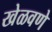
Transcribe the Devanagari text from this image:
खेळवणे